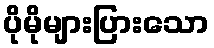
ပိုမိုများပြားသော